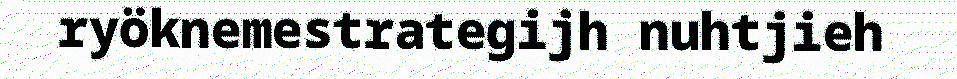
ryöknemestrategijh nuhtjieh